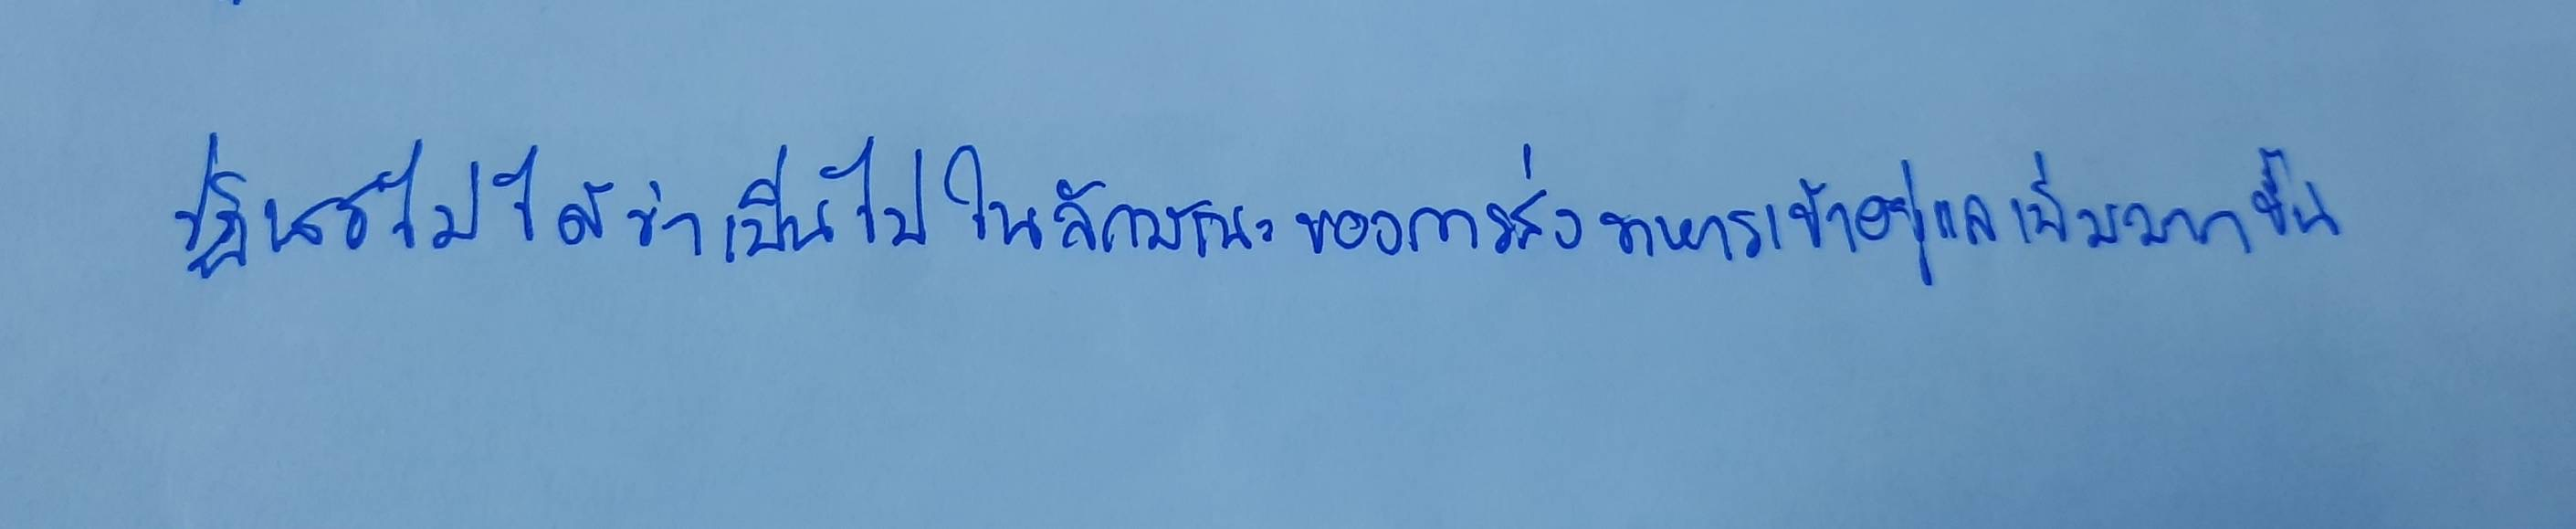
ปฏิเสธไม่ได้ว่าเป็นไปในลักษณะของการส่งทหารเข้าไปดูแลเพิ่มมากขึ้น